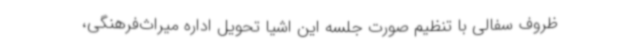
ظروف سفالی با تنظیم صورت جلسه این اشیا تحویل اداره میراث‌فرهنگی،